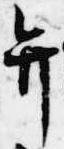
弁